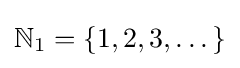
\mathbb {N} _{1}=\left\{1,2,3,\dots \right\}